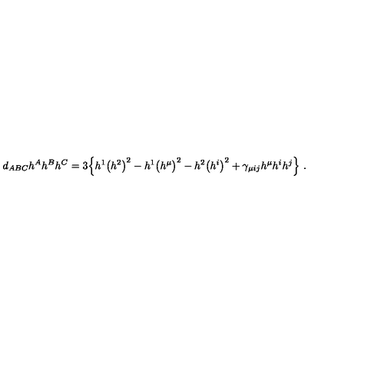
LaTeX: d _ { A B C } h ^ { A } h ^ { B } h ^ { C } = 3 \Big \{ h ^ { 1 } \big ( h ^ { 2 } \big ) ^ { 2 } - h ^ { 1 } \big ( h ^ { \mu } \big ) ^ { 2 } - h ^ { 2 } \big ( h ^ { i } \big ) ^ { 2 } + \gamma _ { \mu i j } h ^ { \mu } h ^ { i } h ^ { j } \Big \} \ .